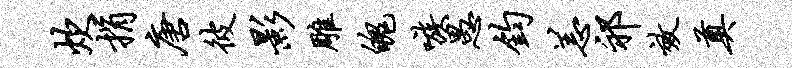
炊捐唐彼影雕魄嗾愚钧恙祁效奠